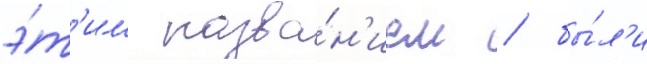
э́т'им назва́н'ием / бы́л'и